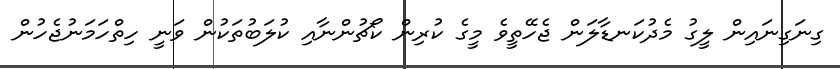
ގިނަގިނައިން ލީގު މެދުކަނޑާލަން ޖެހޭތީވެ މީގެ ކުރިން ކޯޗުންނާއި ކުލަބުތަކުން ވަނީ ހިތްހަމަނުޖެހުން